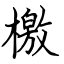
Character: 檄